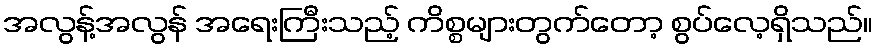
အလွန့်အလွန် အရေးကြီးသည့် ကိစ္စများတွက်တော့ စွပ်လေ့ရှိသည်။